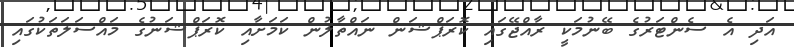
އަދި އެ ސެންޓަރުގެ ބޭނުމަކީ ރާއްޖޭގައި ކޮރަޕްޝަން ނައްތާލުން ކަމަށާއި ކޮރަޕްޝަނުގެ މައްސަލަތަކުގައި